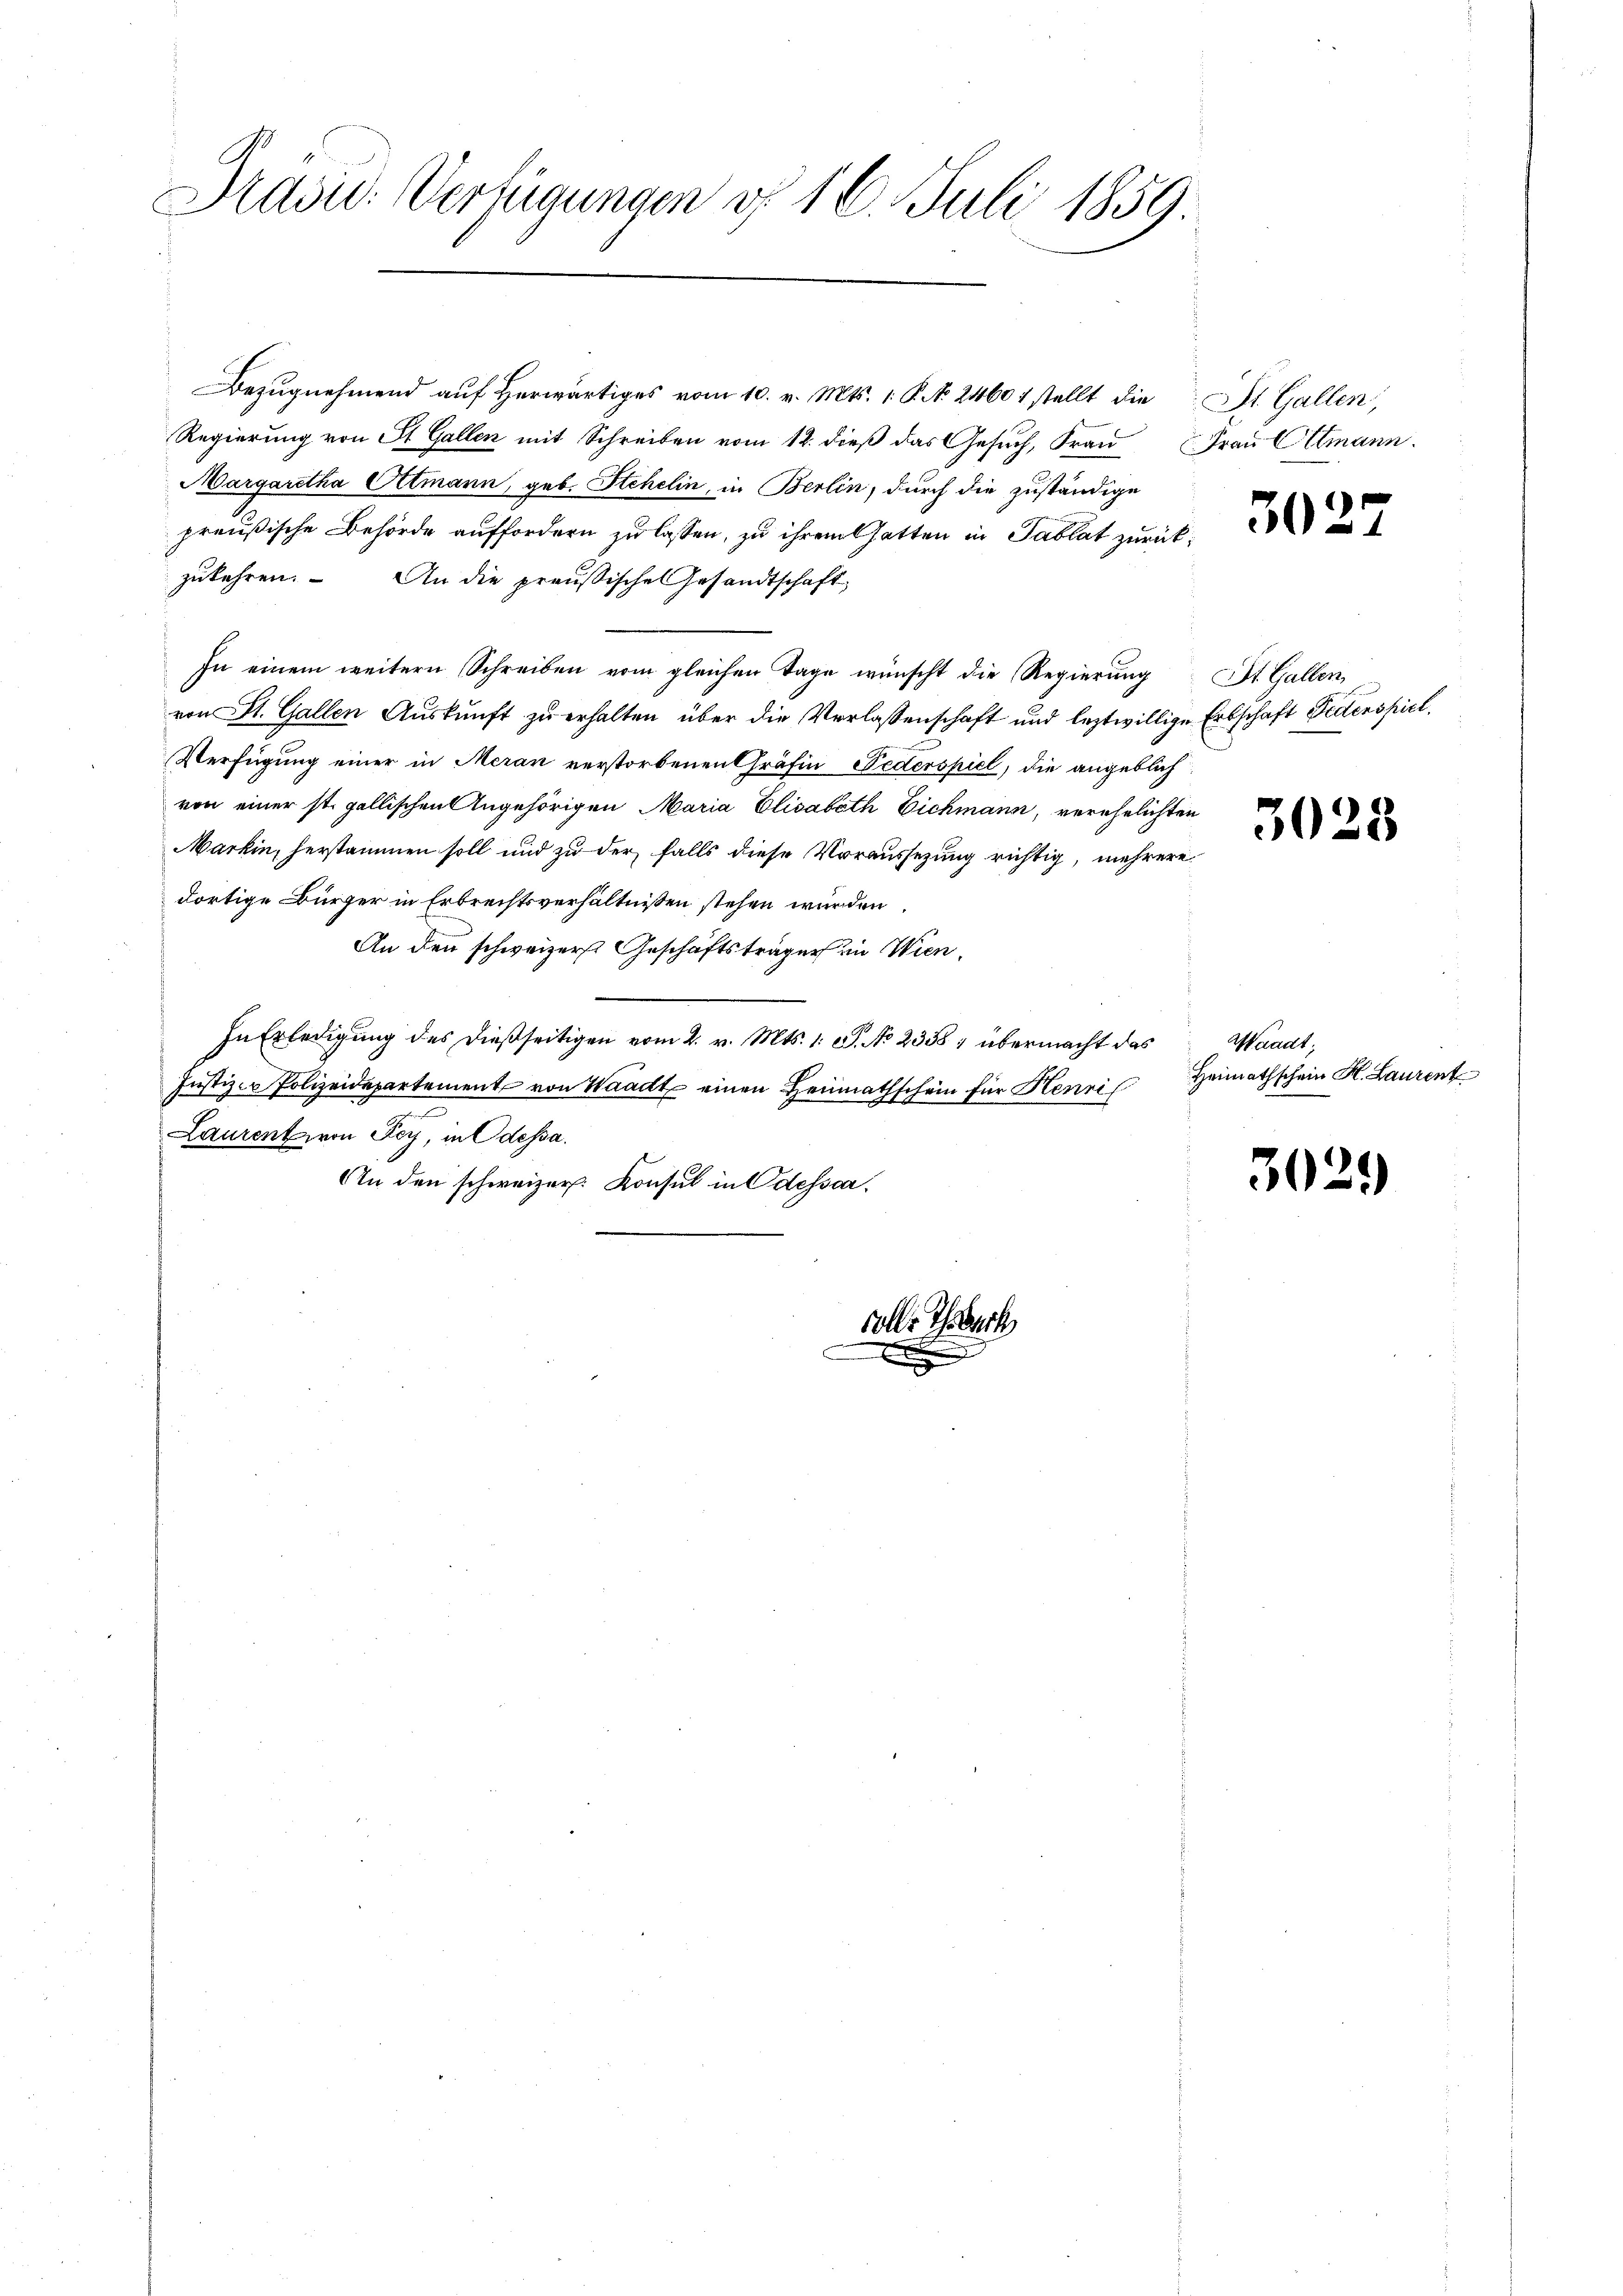
Präsid. Verfügungen d. 16. Juli 1859

Bezugnehmend auf herwärtiges vom 10. v. Mts. 1. P. No. 2460 1 stellt die St. Gallen,
Regierung von St. Gallen mit Schreiben vom 12. dieß das Gesuch, Frau Frau Altmann.
Margaretha Altmann, geb. Stehelin, in Berlin, durch die zuständige
preußische Behörde auffordern zu lassen, zu ihrem hatten in Tablat zurückzukehren. An die preußisches Gesandtschaft
In einem weitern Schreiben vom gleichen Tage wünscht die Regierung St. Gallen,
von St. Gallen Auskunft zu erhalten über die Verlassenschaft und leztwillige Erbschaft Bedenspiel.
Verfügung einer in Meran verstorbenen Gräfin Federspiel, die angeblichvon einer st. gallischen Angehörigen Maria Elisabeth Eichmann, verehelichten
Markin, herstammen soll und zu der falls diese Voraussezung richtig, mehrere
dortige Bürger in Erbrechtsverhältnissen stehen würden
An den schweizerst Geschäftsträger in Wien¬
In Erledigung des dießseitigen vom 2. v. Mts. 1. S. No 2358; übermacht das Waadt,
Justizen Polizeidepartement von Waadt einen Heimathschein für Henri
2
Laurent von Fey, in Odessa.
An den schweizer. Konsul in Odessar.

volle Thierh
E

3027

3025

Heimathschein H. Laurent

3029